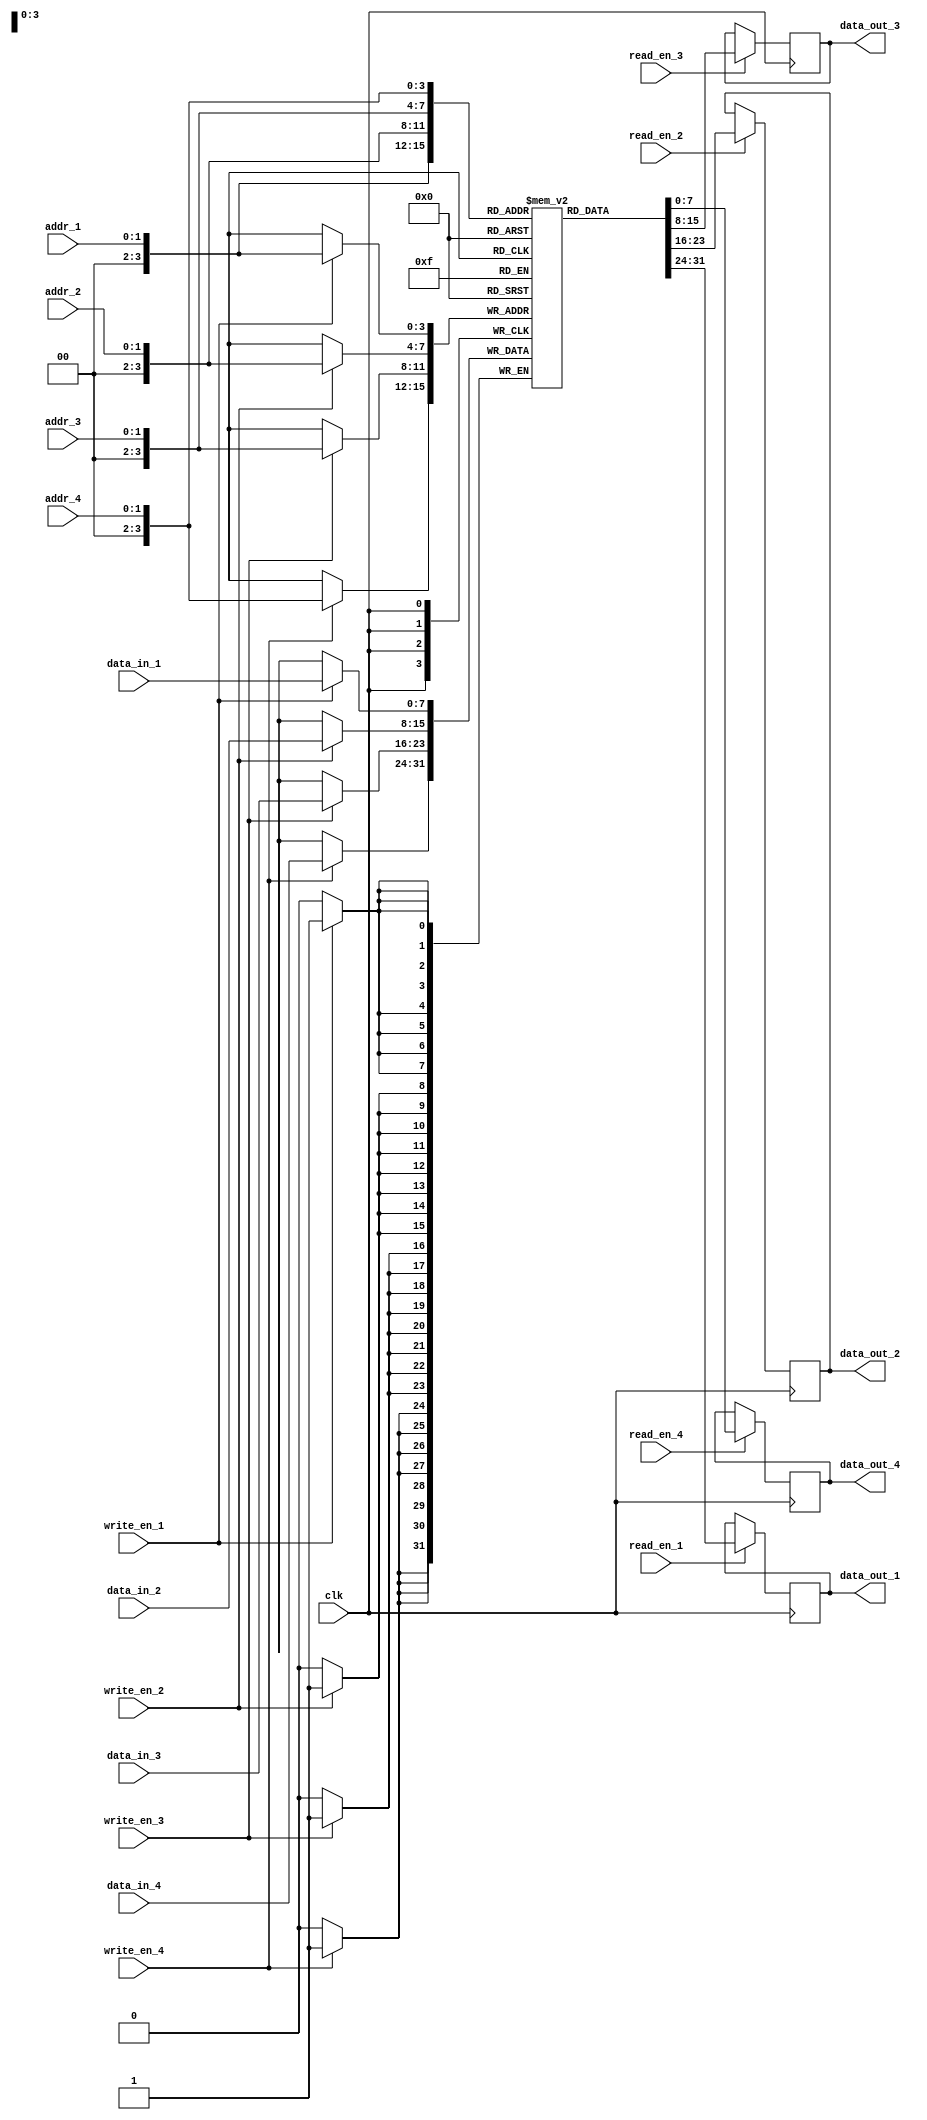
module register_file (
    input wire clk,
    input wire [7:0] data_in_1, data_in_2, data_in_3, data_in_4,
    input wire [1:0] addr_1, addr_2, addr_3, addr_4,
    input wire write_en_1, write_en_2, write_en_3, write_en_4,
    input wire read_en_1, read_en_2, read_en_3, read_en_4,
    output reg [7:0] data_out_1, data_out_2, data_out_3, data_out_4
);

reg [7:0] memory [0:15];

always @(posedge clk) begin
    if (write_en_1) memory[addr_1] <= data_in_1;
    if (write_en_2) memory[addr_2] <= data_in_2;
    if (write_en_3) memory[addr_3] <= data_in_3;
    if (write_en_4) memory[addr_4] <= data_in_4;
    
    if (read_en_1) data_out_1 <= memory[addr_1];
    if (read_en_2) data_out_2 <= memory[addr_2];
    if (read_en_3) data_out_3 <= memory[addr_3];
    if (read_en_4) data_out_4 <= memory[addr_4];
end

endmodule